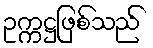
ဥက္ကဋ္ဌဖြစ်သည်